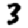
Digit: 3